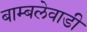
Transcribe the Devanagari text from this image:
बाम्बलेवाडी